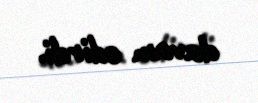
davam edirdi.